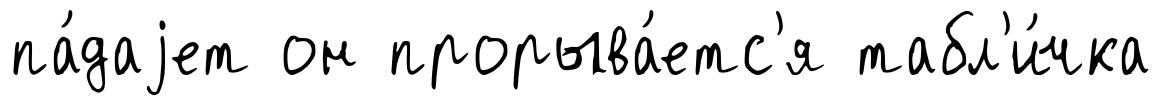
па́даjет он прорыва́етс'я табл'и́чка